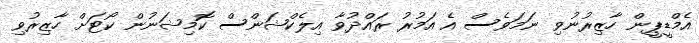
އެމްޑީޕީން ހާޒިރުނުވި ނަމަވެސް އެ އަމުރު ރައްދުވާ އިލެކްޝަންސް ކޮމިޝަނުން ކޯޓަށް ހާޒިރުވި